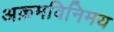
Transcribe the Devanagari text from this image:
अक्रमविनिमय